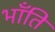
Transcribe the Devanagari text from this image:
भॉंति